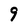
Character: 9